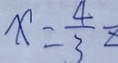
x = \frac { 4 } { 3 } z